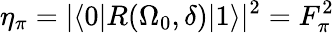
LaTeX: \eta_{\pi}=|\langle 0|R(\Omega_{0},\delta)|1\rangle|^{2}=F_{\pi}^{2}